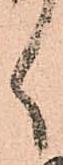
く